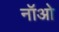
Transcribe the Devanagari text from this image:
नॉओ